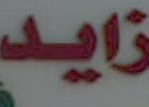
زايد